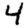
Digit: 4